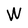
Character: W